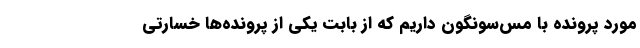
مورد پرونده با مس‌سونگون داریم که از بابت یکی از پرونده‌ها خسارتی